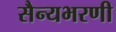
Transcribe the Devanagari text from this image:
सैन्यभरणी